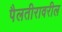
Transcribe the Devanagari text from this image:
पैलतीरावरील